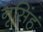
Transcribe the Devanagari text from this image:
नृसिंहं